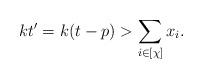
LaTeX: \begin{align*}kt'=k(t-p)>\sum_{i\in [\chi]}x_i.\end{align*}